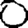
Digit: 0